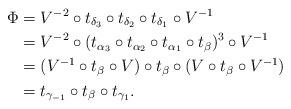
LaTeX: \begin{align*}\Phi &= V^{-2}\circ t_{\delta_3}\circ t_{\delta_2}\circ t_{\delta_1}\circ V^{-1}\\ &= V^{-2}\circ (t_{\alpha_3}\circ t_{\alpha_2}\circ t_{\alpha_1}\circ t_{\beta})^3\circ V^{-1}\\ &= (V^{-1}\circ t_\beta\circ V)\circ t_{\beta}\circ (V\circ t_\beta \circ V^{-1})\\ &=t_{\gamma_{-1}}\circ t_{\beta} \circ t_{\gamma_{1}}.\end{align*}